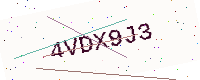
Text: 4VDX9J3